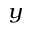
_ y